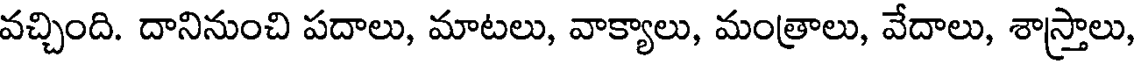
వచ్చింది. దానినుంచి పదాలు, మాటలు, వాక్యాలు, మంత్రాలు, వేదాలు, శాస్త్రాలు,